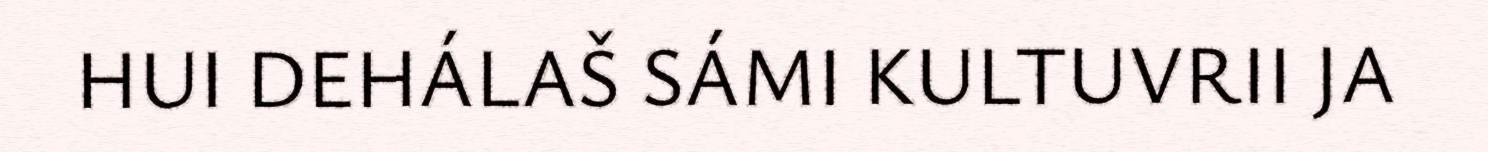
HUI DEHÁLAŠ SÁMI KULTUVRII JA